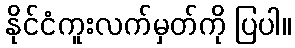
နိုင်ငံကူးလက်မှတ်ကို ပြပါ။